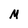
Character: M